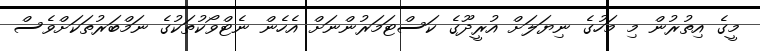
މީގެ އިތުރުން މި މަހުގެ ނިޔަލަށް އުރީދޫގެ ކަސްޓަމަރުންނަށް އެހެން ނެޓްވޯކުތަކުގެ ނަމްބަރުތަކަށްވެސް